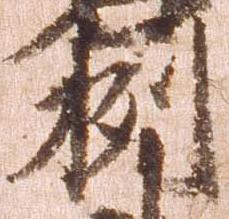
捌